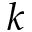
k